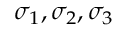
\sigma _ { 1 } , \sigma _ { 2 } , \sigma _ { 3 }